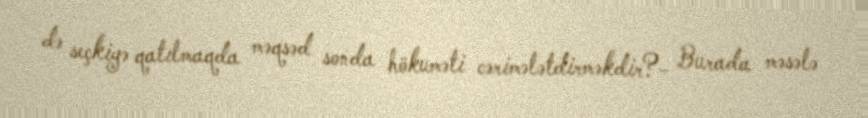
də seçkiyə qatılmaqda məqsəd sonda hökuməti cərimələtdirməkdir?- Burada məsələ